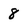
Character: 8